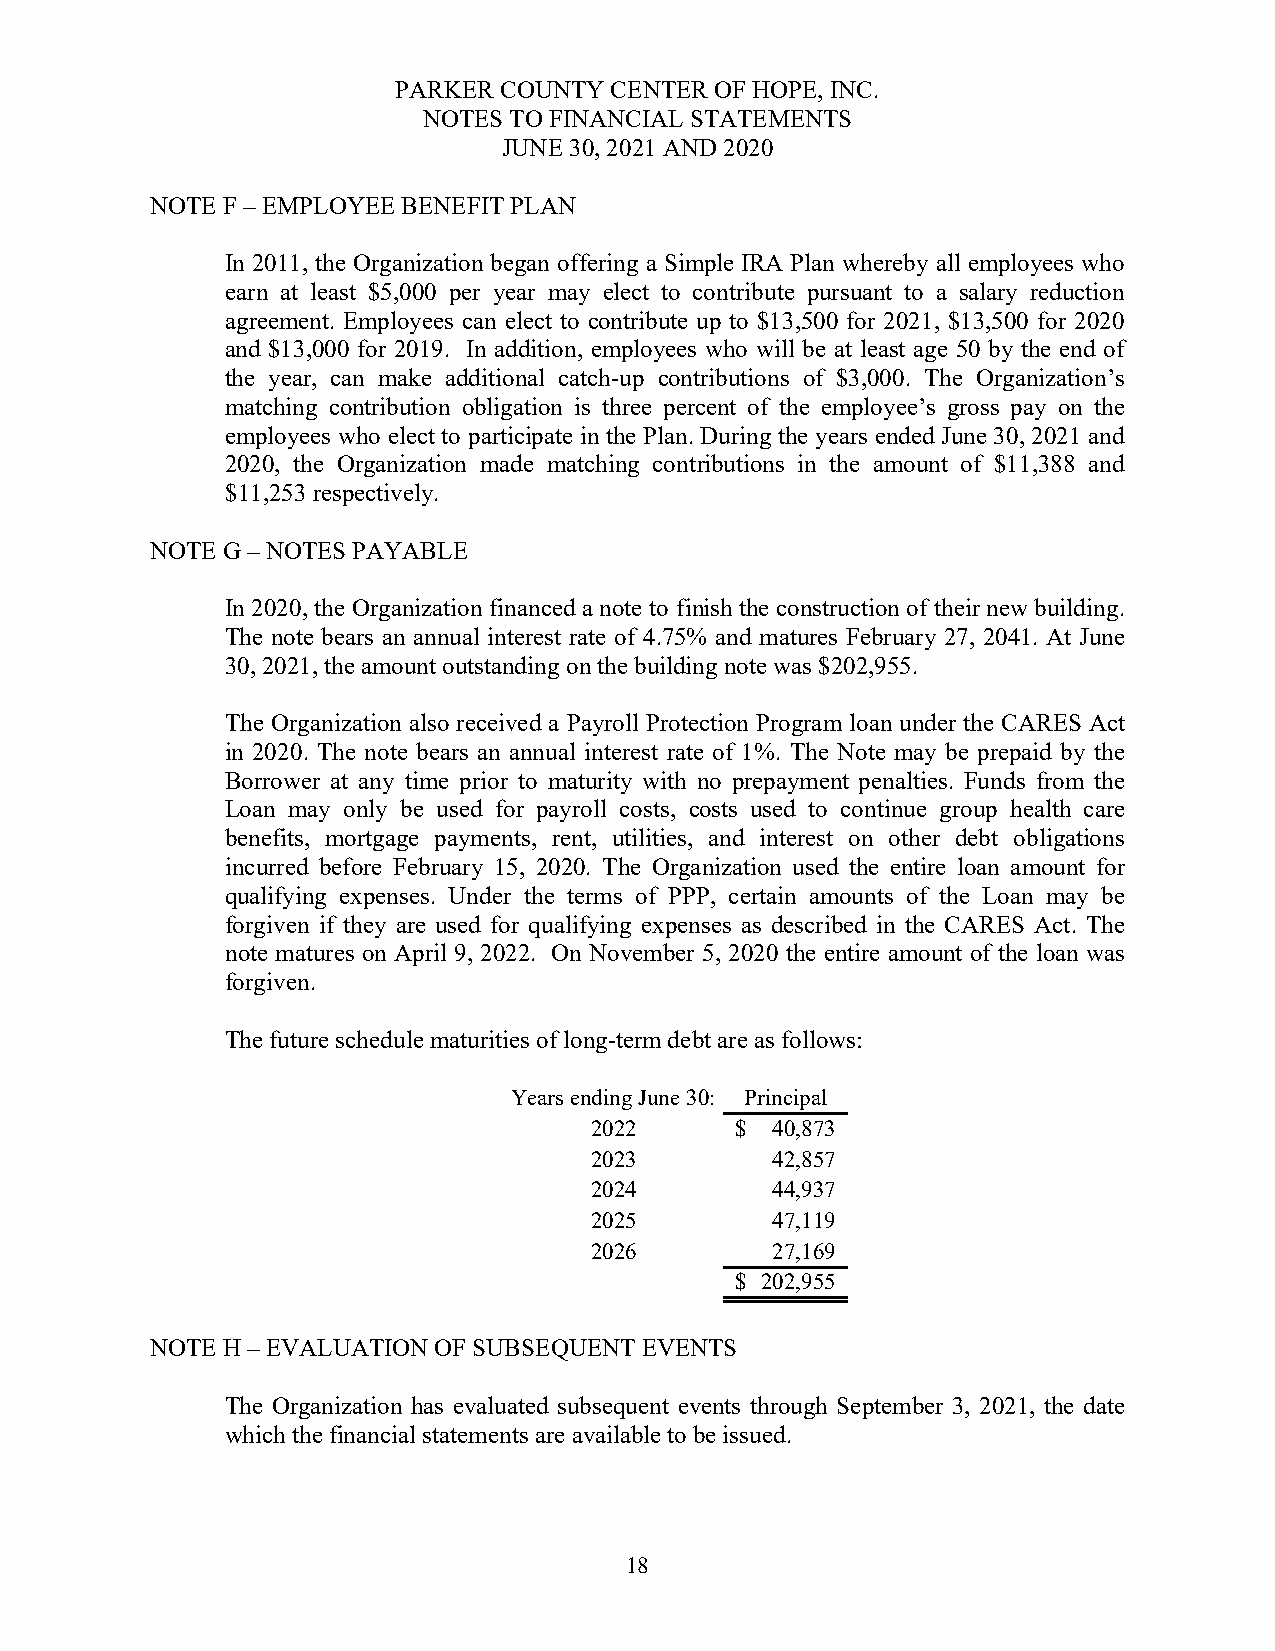
PARKER COUNTY CENTER OF HOPE, INC.
 NOTES TO FINANCIAL STATEMENTS
 JUNE 30, 2021 AND 2020
 NOTE F – EMPLOYEE BENEFIT PLAN
 In 2011, the Organization began offering a Simple IRA Plan whereby all employees who
 earn at least $5,000 per year may elect to contribute pursuant to a salary reduction
 agreement. Employees can elect to contribute up to $13,500 for 2021, $13,500 for 2020
 and $13,000 for 2019. In addition, employees who will be at least age 50 by the end of
 the year, can make additional catch-up contributions of $3,000. The Organization’s
 matching contribution obligation is three percent of the employee’s gross pay on the
 employees who elect to participate in the Plan. During the years ended June 30, 2021 and
 2020, the Organization made matching contributions in the amount of $11,388 and
 $11,253 respectively.
 NOTE G – NOTES PAYABLE
 In 2020, the Organization financed a note to finish the construction of their new building.
 The note bears an annual interest rate of 4.75% and matures February 27, 2041. At June
 30, 2021, the amount outstanding on the building note was $202,955.
 The Organization also received a Payroll Protection Program loan under the CARES Act
 in 2020. The note bears an annual interest rate of 1%. The Note may be prepaid by the
 Borrower at any time prior to maturity with no prepayment penalties. Funds from the
 Loan may only be used for payroll costs, costs used to continue group health care
 benefits, mortgage payments, rent, utilities, and interest on other debt obligations
 incurred before February 15, 2020. The Organization used the entire loan amount for
 qualifying expenses. Under the terms of PPP, certain amounts of the Loan may be
 forgiven if they are used for qualifying expenses as described in the CARES Act. The
 note matures on April 9, 2022. On November 5, 2020 the entire amount of the loan was
 forgiven.
 The future schedule maturities of long-term debt are as follows:
 Years ending June 30: Principal
 2022      $ 40,873
 2023        42,857
 2024        44,937
 2025        47,119
 2026        27,169
 $ 202,955
 NOTE H – EVALUATION OF SUBSEQUENT EVENTS
 The Organization has evaluated subsequent events through September 3, 2021, the date
 which the financial statements are available to be issued.
 18